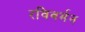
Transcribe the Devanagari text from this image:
रविवर्मन